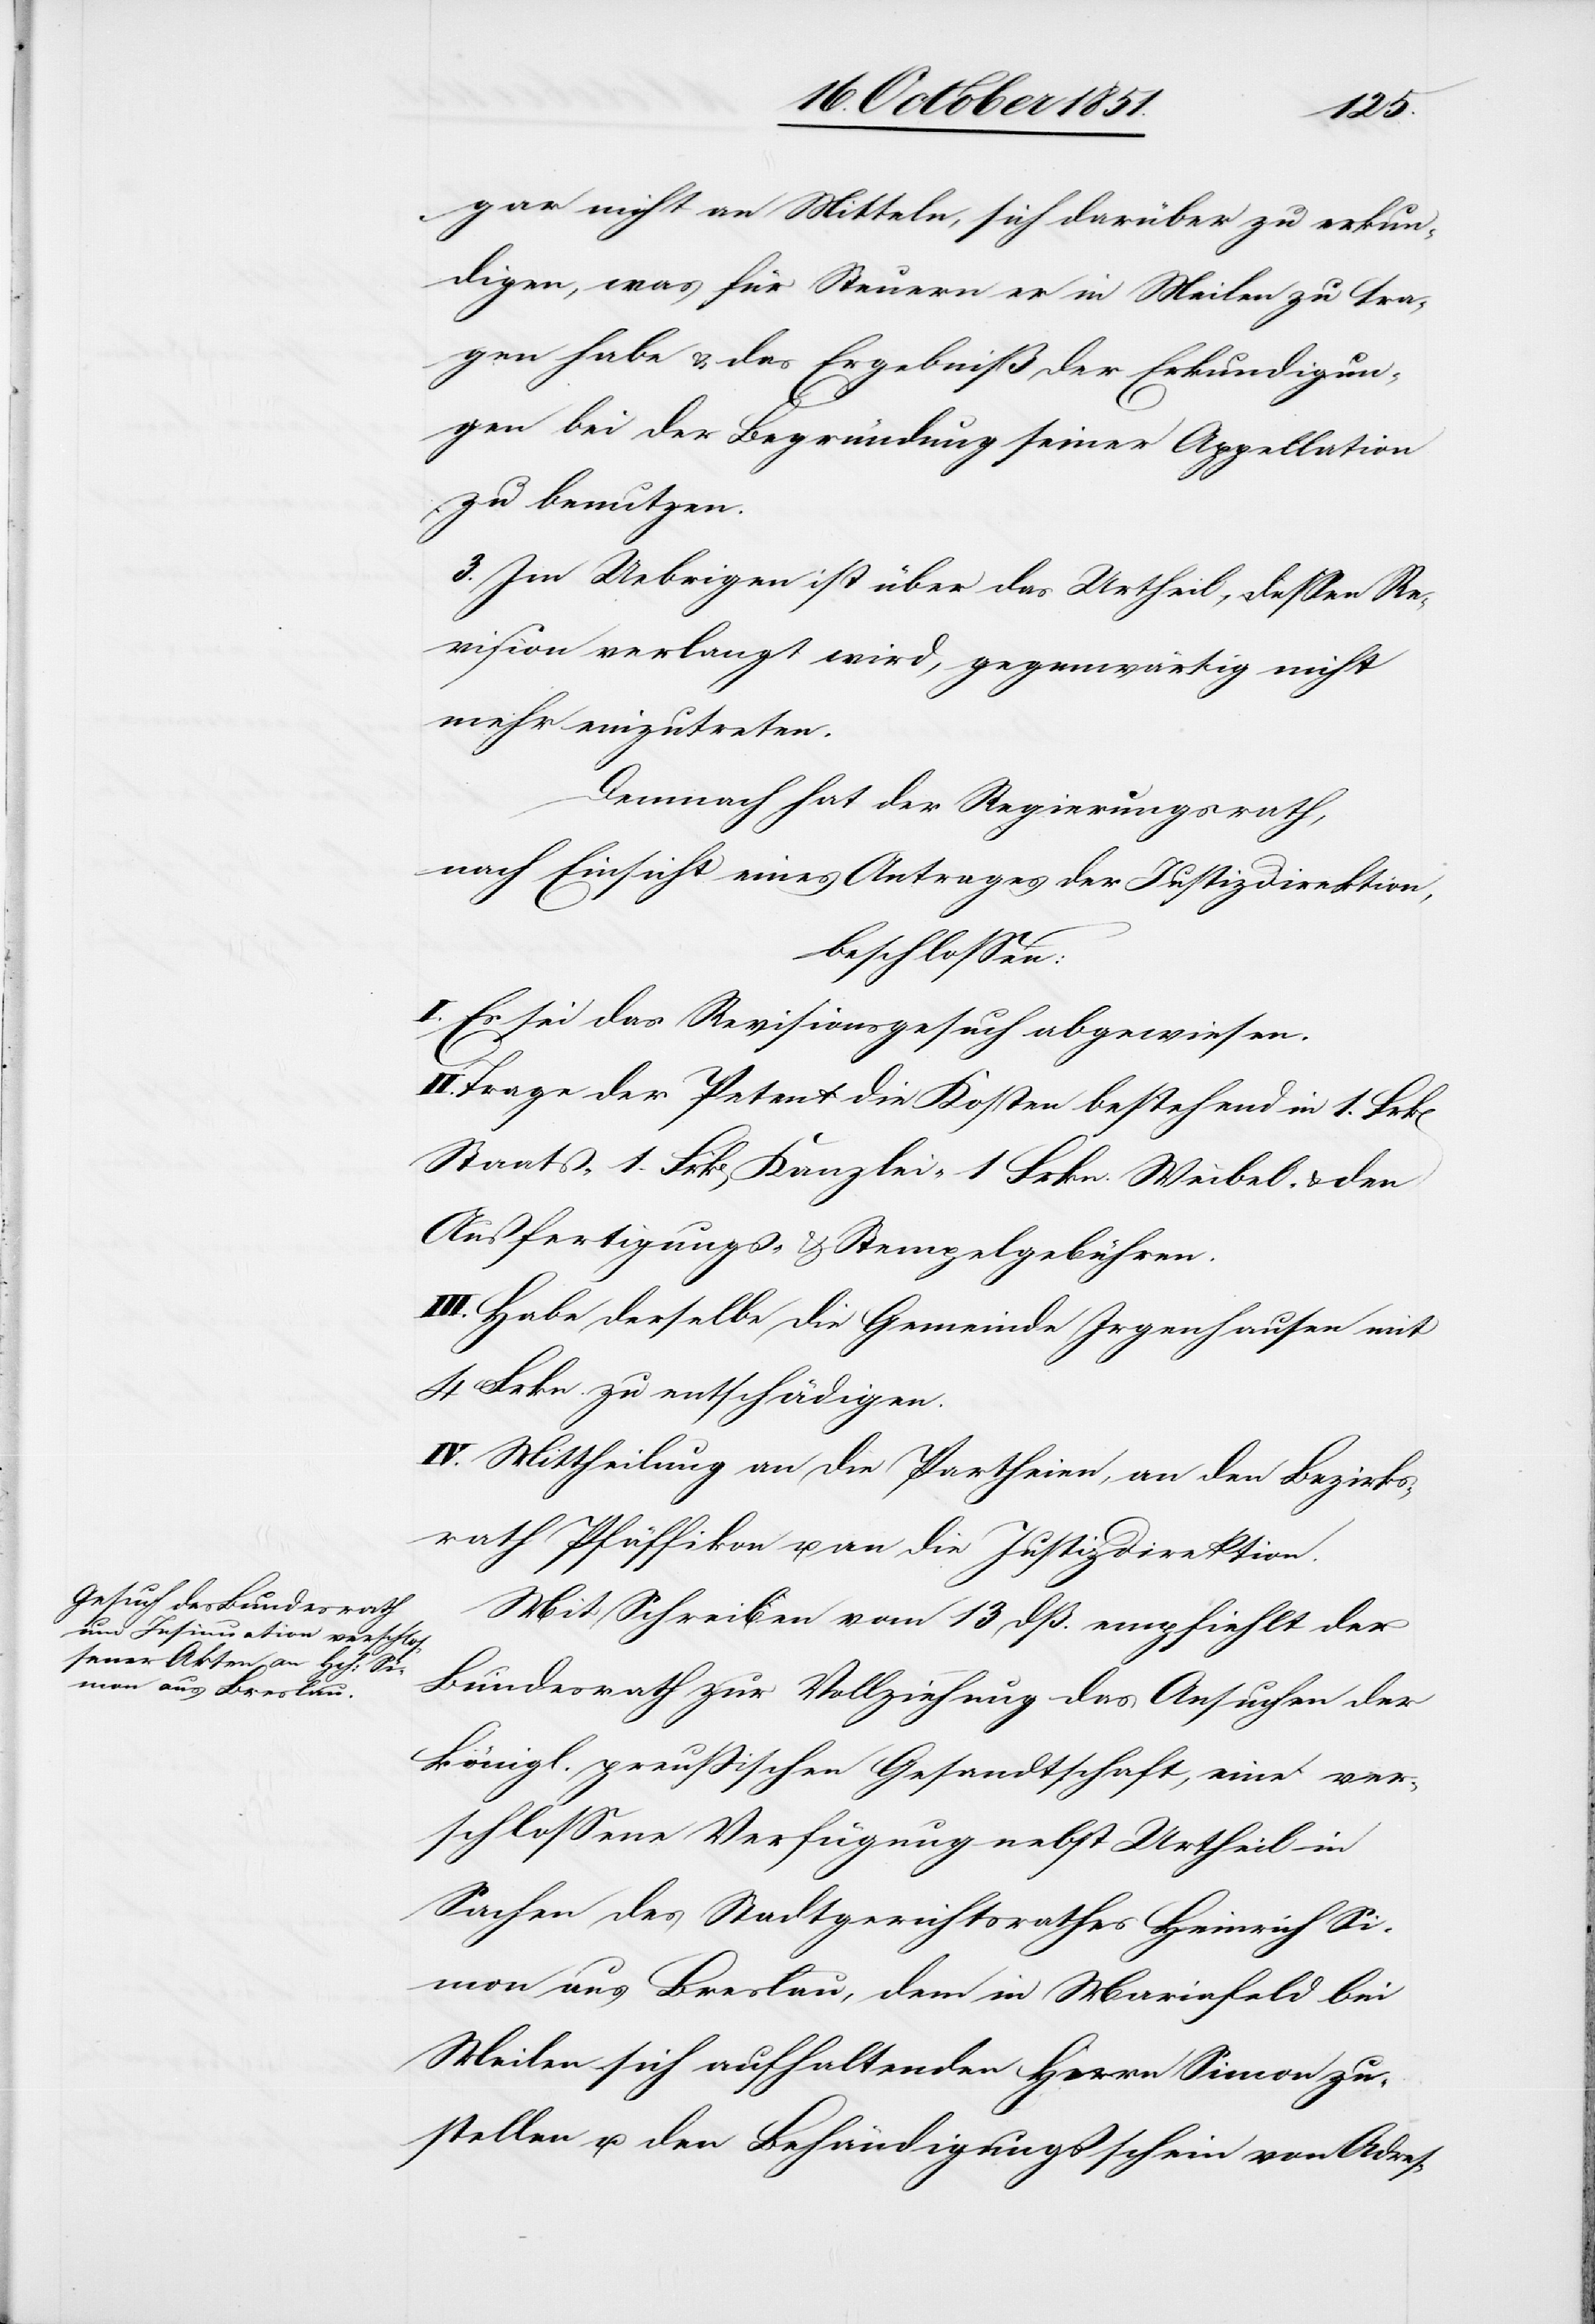
gar nicht an Mitteln, sich darüber zu erkun¬
digen, was für Steuern er in Meilen zu tra¬
gen habe & das Ergebniß der Erkundigun¬
gen bei der Begründung seiner Appellation
zu benutzen.
3. Im Uebrigen ist über das Urtheil, dessen Re¬
vision verlangt wird, gegenwärtig nicht
mehr einzutreten.
Demnach hat der Regierungsrath,
nach Einsicht eines Antrages der Justizdirektion,
beschlossen:
Es sei das Revisionsgesuch abgewiesen.
Trage der Petent die Kosten bestehend in 1. Frk[en]
Staats-[,] 1. Frk[en] Kanzlei-[,] 1 Frkn. Weibel- & den
Ausfertigungs- & Stempelgebühren.
III. Habe derselbe die Gemeinde Irgenhausen mit
4 Frkn. zu entschädigen.
IV. Mittheilung an die Partheien, an den Bezirks¬
rath Pfäffikon u. an die Justizdirektion.
Mit Schreiben vom 13 dß. empfiehlt der
Bundesrath zur Vollziehung das Ansuchen der
königl. preußischen Gesandtschaft, eine ver¬
schlossene Verfügung nebst Urtheil in
Sachen des Stadtgerichtsrathes Heinrich Si¬
mon aus Breslau, dem in Mariafeld bei
Meilen sich aufhaltenden Herrn Simon zu¬
stellen u. den Behändigungsschein von Adres-